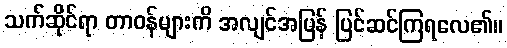
သက်ဆိုင်ရာ တာဝန်များကိ အလျင်အမြန် ပြင်ဆင်ကြရလေ၏။